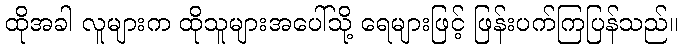
ထိုအခါ လူများက ထိုသူများအပေါ်သို့ ရေများဖြင့် ဖြန်းပက်ကြပြန်သည်။